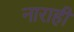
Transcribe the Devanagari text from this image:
नाराही